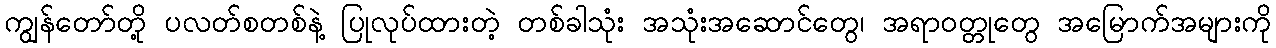
ကျွန်တော်တို့ ပလတ်စတစ်နဲ့ ပြုလုပ်ထားတဲ့ တစ်ခါသုံး အသုံးအဆောင်တွေ၊ အရာဝတ္တုတွေ အမြောက်အများကို